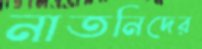
নাতনিদের